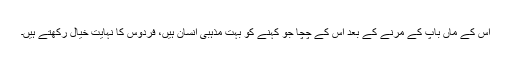
اس کے ماں باپ کے مرنے کے بعد اس کے چچا جو کہنے کو بہت مذہبی انسان ہیں، فردوس کا نہایت خیال رکھتے ہیں۔